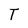
Character: T